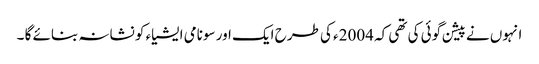
انہوں نے پیشن گوئی کی تھی کہ 2004ء کی طرح ایک اور سونامی ایشیاء کو نشانہ بنائے گا ۔